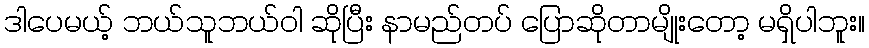
ဒါပေမယ့် ဘယ်သူဘယ်ဝါ ဆိုပြီး နာမည်တပ် ပြောဆိုတာမျိုးတော့ မရှိပါဘူး။